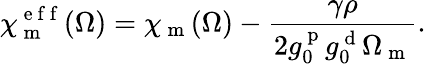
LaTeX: \chi_{\mathrm{~m~}}^{\mathrm{~e~f~f~}}(\Omega)=\chi_{\mathrm{~m~}}(\Omega)-\frac{\gamma\rho}{2g_{0}^{\mathrm{~p~}}g_{0}^{\mathrm{~d~}}\Omega_{\mathrm{~m~}}}.